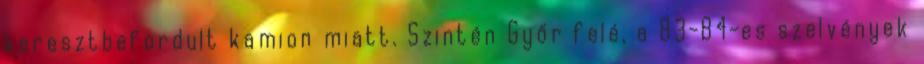
keresztbefordult kamion miatt. Szintén Győr felé, a 83-84-es szelvények